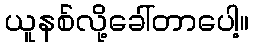
ယူနစ်လို့ခေါ်တာပေါ့။